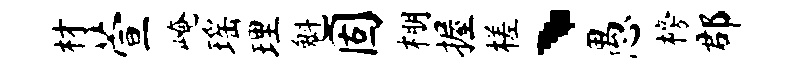
材萱崦瑶理魁固棚握槎、愚榜郡